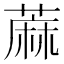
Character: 蔴